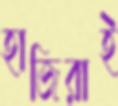
হাজিরাই